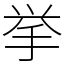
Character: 挙